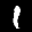
Label: 1